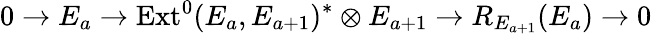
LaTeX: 0\rightarrow E_{a}\rightarrow\mathrm{Ext}^{0}(E_{a},E_{a+1})^{*}\otimes E_{a+1}\rightarrow R_{E_{a+1}}(E_{a})\rightarrow 0